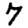
Digit: 7